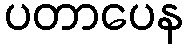
ပတာပေန